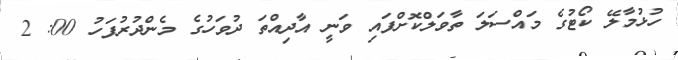
ހުޅުމާލޭ ކޯޓުގެ މައްސަލަ ތާވަލްކޮށްފައި ވަނީ އާދިއްތަ ދުވަހުގެ މެންދުރުފަހު 00: 2